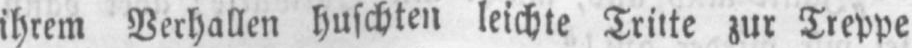
zur Treppe